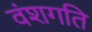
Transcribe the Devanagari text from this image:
वंशगति